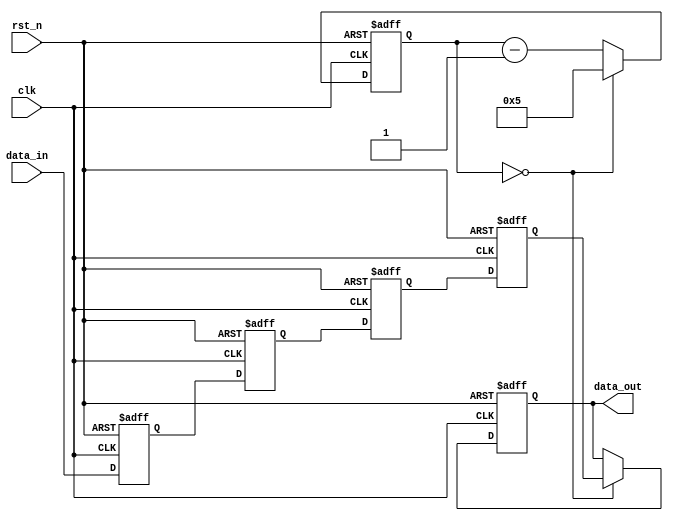
//*********************************************************************
// John R. Smith
// Eastern Washingtion University
// CSCD 461 EMBEDDED SYSTEMS
// Dr Kosuke Imamura
//
// Lab4: keyboard
// This is a program to read the scan codes from the key board 
// and convert them to a form that can be displayed on the seven 
// segment displays.
// This is a modified version of the debounce circuit from the
// course website (Blackboard)
//
// reused for Lab 5 and final project: Asteroid Game
//
//  John Smith
//  Victor Colton
//
//*********************************************************************
module kbd_clk_debounce	(
							clk,
							rst_n,
							data_in,
							data_out			
						);
					
input		clk;
input		rst_n;
input		data_in;
output	data_out;
									

//=======================================================
//  REG/WIRE declarations
//=======================================================
parameter	preset_val 	= 0;
parameter 	counter_max = 5; 


reg				data_out;									
reg				data_in_0;	
reg				data_in_1;
reg				data_in_2;
reg				data_in_3;
reg	[20:0]	counter;
	
//=======================================================
//  Structural coding
//=======================================================

always	@(posedge clk or negedge rst_n)
begin
	if	(!rst_n)
	begin
		data_out		<=	preset_val;
		counter			<=	counter_max;
		data_in_0		<=	0;
		data_in_1		<=	0;
		data_in_2		<=	0;
		data_in_3		<=	0;			
	end 
	else 
	begin
		if	(counter == 0) 
		begin
			data_out	<=	data_in_3;
			counter		<=	counter_max;
		end 
		else 
		begin
			counter		<=	counter - 1;
		end
		data_in_0	<=	data_in;	
		data_in_1	<=	data_in_0;
		data_in_2	<=	data_in_1;
		data_in_3	<=	data_in_2;
	end
end
			
				

endmodule